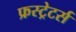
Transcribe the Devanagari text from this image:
फ्रस्ट्रेटर्स